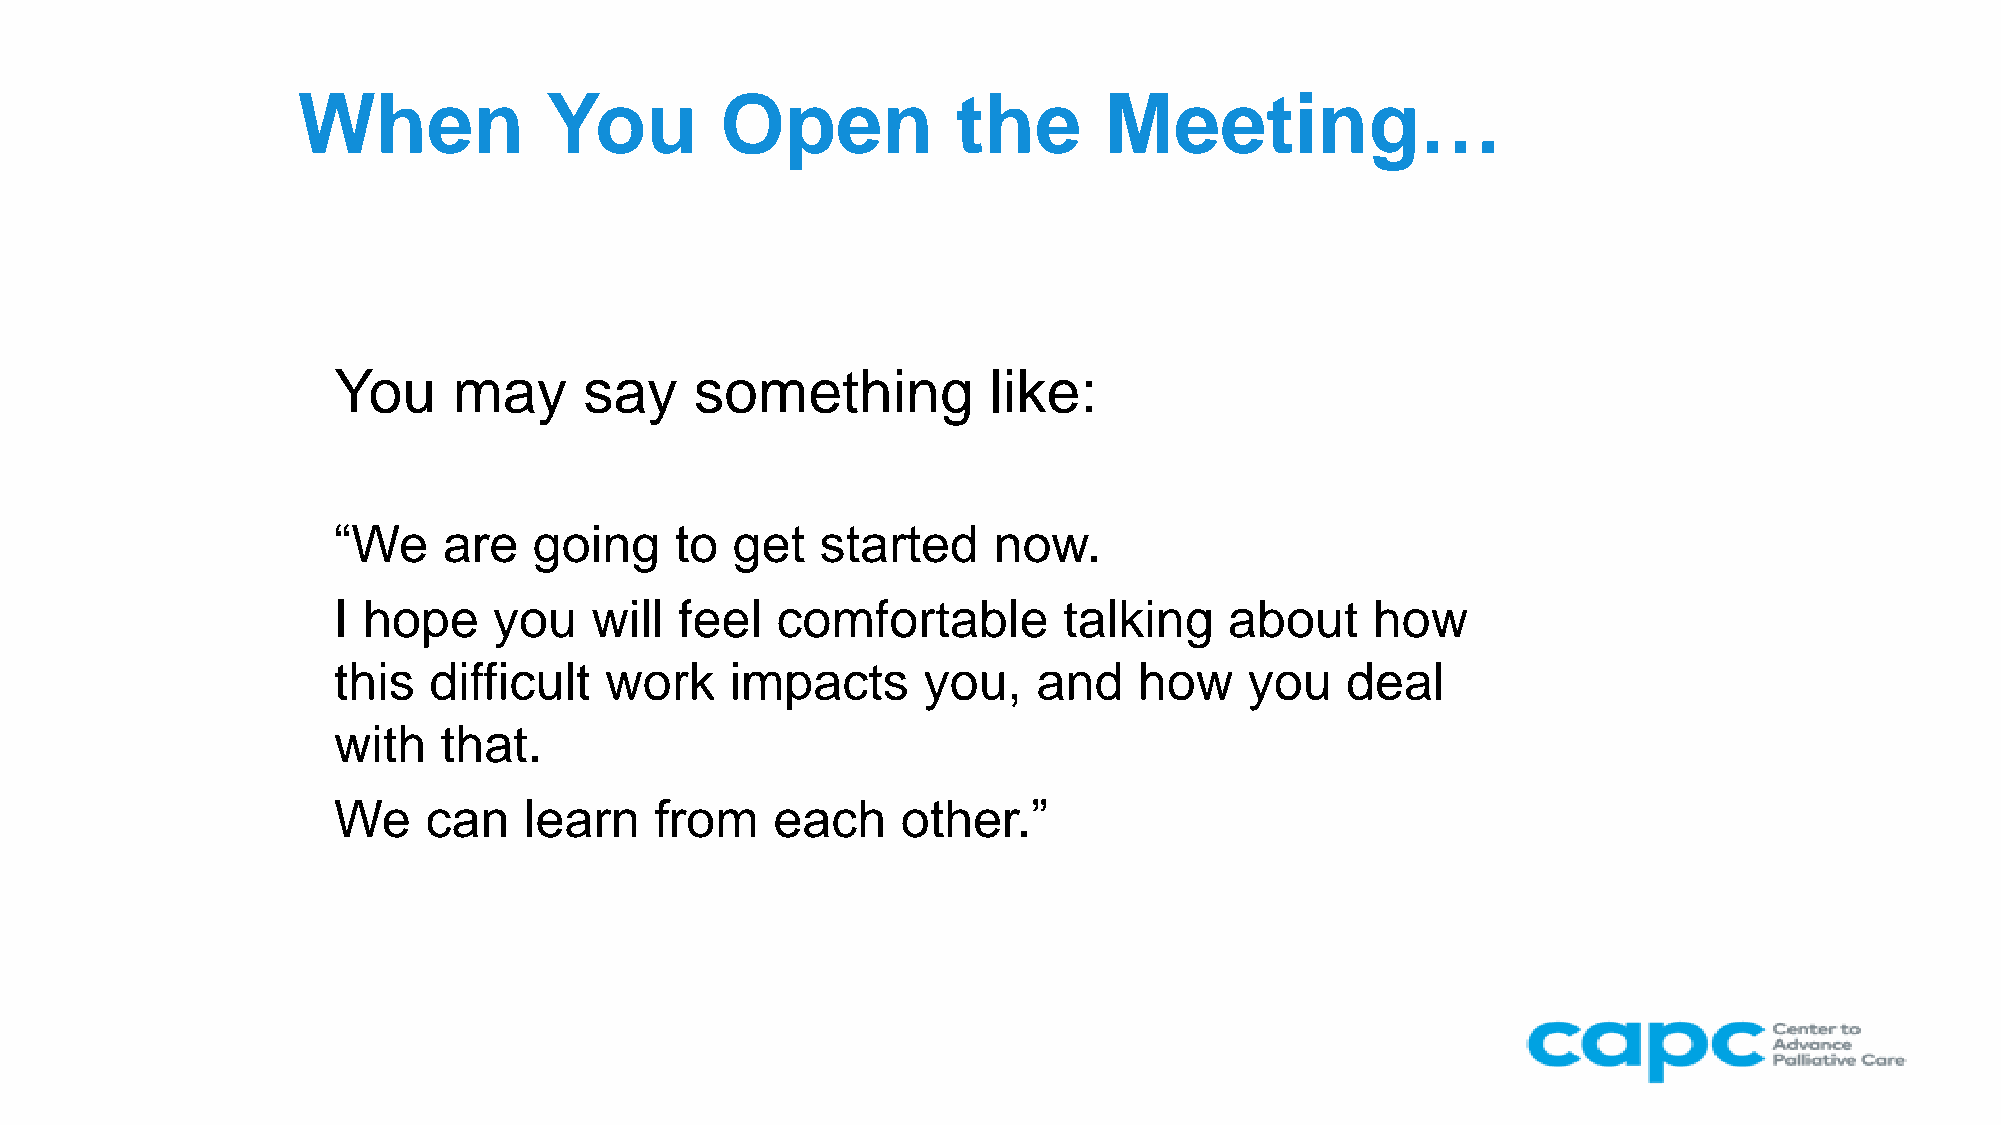
When            You         Open           the       Meeting…
 You     may      say    something          like:
 “We    are   going     to get   started     now.
 I hope     you   will  feel  comfortable        talking    about     how
 this  difficult   work    impacts      you,    and   how     you   deal
 with   that.
 We    can    learn   from    each     other.”